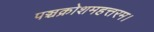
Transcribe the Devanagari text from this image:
पञ्चक्रोशमहत्तरम।